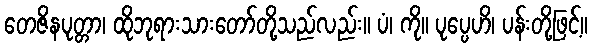
တေဇိနပုတ္တာ၊ ထိုဘုရားသားတော်တို့သည်လည်း။ ပံ၊ ကို။ ပုပ္ပေဟိ၊ ပန်းတို့ဖြင့်။